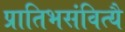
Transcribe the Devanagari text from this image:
प्रातिभसंवित्यै